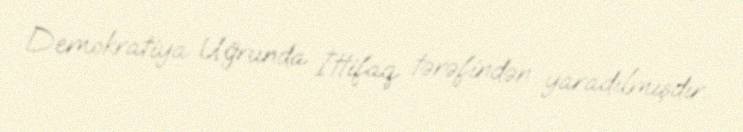
Demokratiya Uğrunda İttifaq tərəfindən yaradılmışdır.